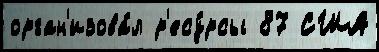
орган'изова́л р'есу́рсы 87 США